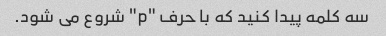
سه کلمه پیدا کنید که با حرف "p" شروع می شود.